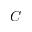
C